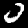
Digit: 0